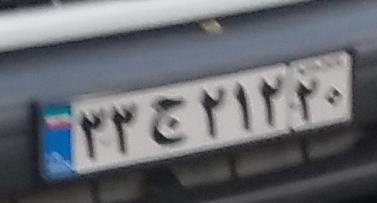
۳۳ج۲۱۲۲۰